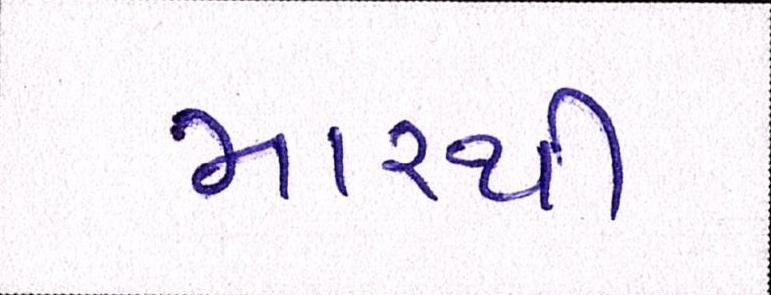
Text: મારથી